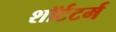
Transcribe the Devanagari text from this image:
शॉर्टटर्म